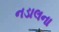
નડાલના